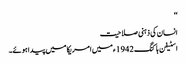
‘‘
انسان کی ذہنی صلاحیت
اسٹیفن ہاکنگ 1942ء میں امریکا میں پیدا ہوئے۔